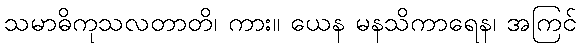
သမာဓိကုသလတာတိ၊ ကား။ ယေန မနသိကာရေန၊ အကြင်